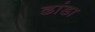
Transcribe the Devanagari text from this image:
ढांडा